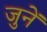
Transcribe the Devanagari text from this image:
जुनें